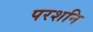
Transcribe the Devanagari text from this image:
परशनि